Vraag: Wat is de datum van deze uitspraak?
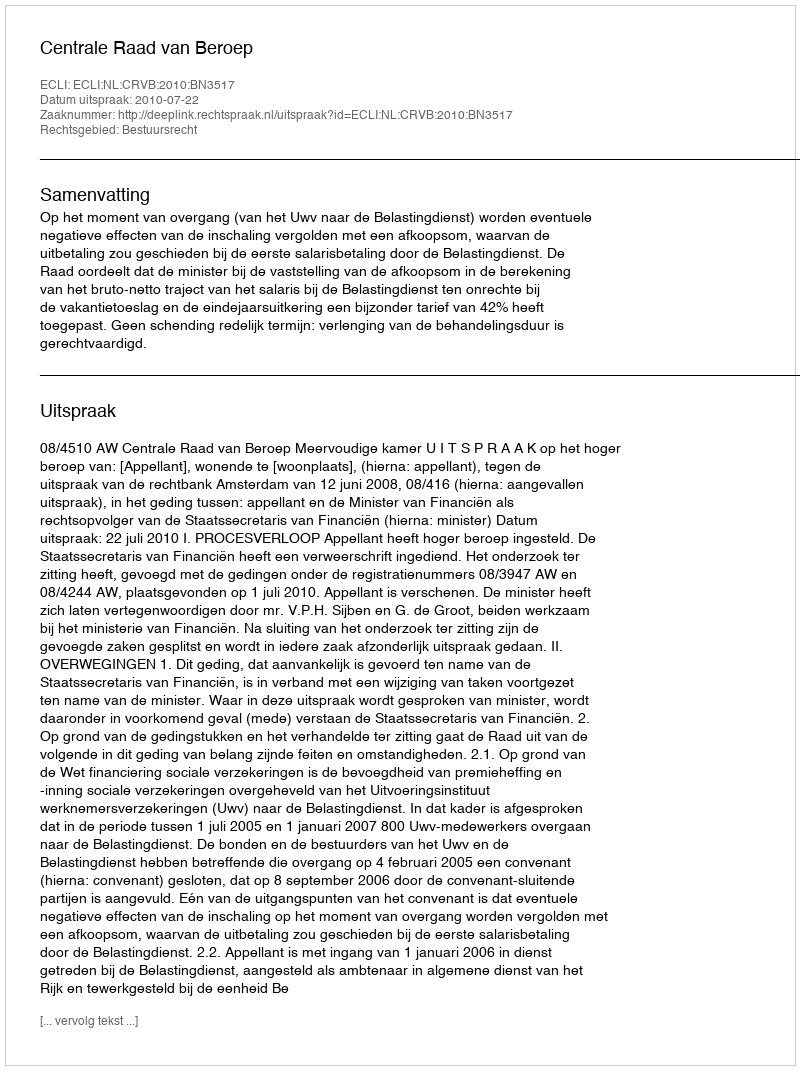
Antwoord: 2010-07-22